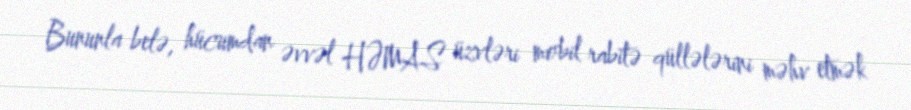
Bununla belə, hücumdan əvvəl HƏMAS üzvləri mobil rabitə qüllələrini məhv etmək